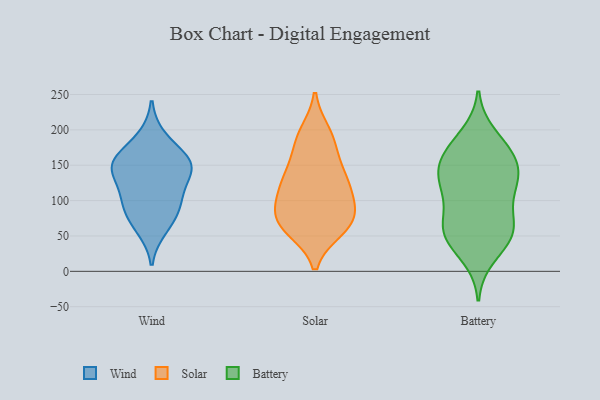
{"axis": {"x": "Budget (USD K)", "y": "Value"}, "legend": ["Battery", "Solar", "Wind"], "data": [{"x": "", "y": 189, "type": "Wind"}, {"x": "", "y": 149, "type": "Wind"}, {"x": "", "y": 78, "type": "Wind"}, {"x": "", "y": 115, "type": "Wind"}, {"x": "", "y": 104, "type": "Wind"}, {"x": "", "y": 61, "type": "Wind"}, {"x": "", "y": 146, "type": "Wind"}, {"x": "", "y": 157, "type": "Wind"}, {"x": "", "y": 150, "type": "Wind"}, {"x": "", "y": 152, "type": "Wind"}, {"x": "", "y": 91, "type": "Wind"}, {"x": "", "y": 62, "type": "Solar"}, {"x": "", "y": 70, "type": "Solar"}, {"x": "", "y": 69, "type": "Solar"}, {"x": "", "y": 130, "type": "Solar"}, {"x": "", "y": 117, "type": "Solar"}, {"x": "", "y": 178, "type": "Solar"}, {"x": "", "y": 76, "type": "Solar"}, {"x": "", "y": 195, "type": "Solar"}, {"x": "", "y": 138, "type": "Solar"}, {"x": "", "y": 81, "type": "Solar"}, {"x": "", "y": 60, "type": "Solar"}, {"x": "", "y": 102, "type": "Solar"}, {"x": "", "y": 110, "type": "Solar"}, {"x": "", "y": 188, "type": "Solar"}, {"x": "", "y": 142, "type": "Solar"}, {"x": "", "y": 52, "type": "Battery"}, {"x": "", "y": 123, "type": "Battery"}, {"x": "", "y": 164, "type": "Battery"}, {"x": "", "y": 147, "type": "Battery"}, {"x": "", "y": 175, "type": "Battery"}, {"x": "", "y": 103, "type": "Battery"}, {"x": "", "y": 55, "type": "Battery"}, {"x": "", "y": 145, "type": "Battery"}, {"x": "", "y": 192, "type": "Battery"}, {"x": "", "y": 135, "type": "Battery"}, {"x": "", "y": 170, "type": "Battery"}, {"x": "", "y": 110, "type": "Battery"}, {"x": "", "y": 67, "type": "Battery"}, {"x": "", "y": 21, "type": "Battery"}, {"x": "", "y": 129, "type": "Battery"}, {"x": "", "y": 55, "type": "Battery"}, {"x": "", "y": 66, "type": "Battery"}, {"x": "", "y": 46, "type": "Battery"}]}